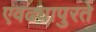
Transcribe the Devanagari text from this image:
एवढ्यापुरते